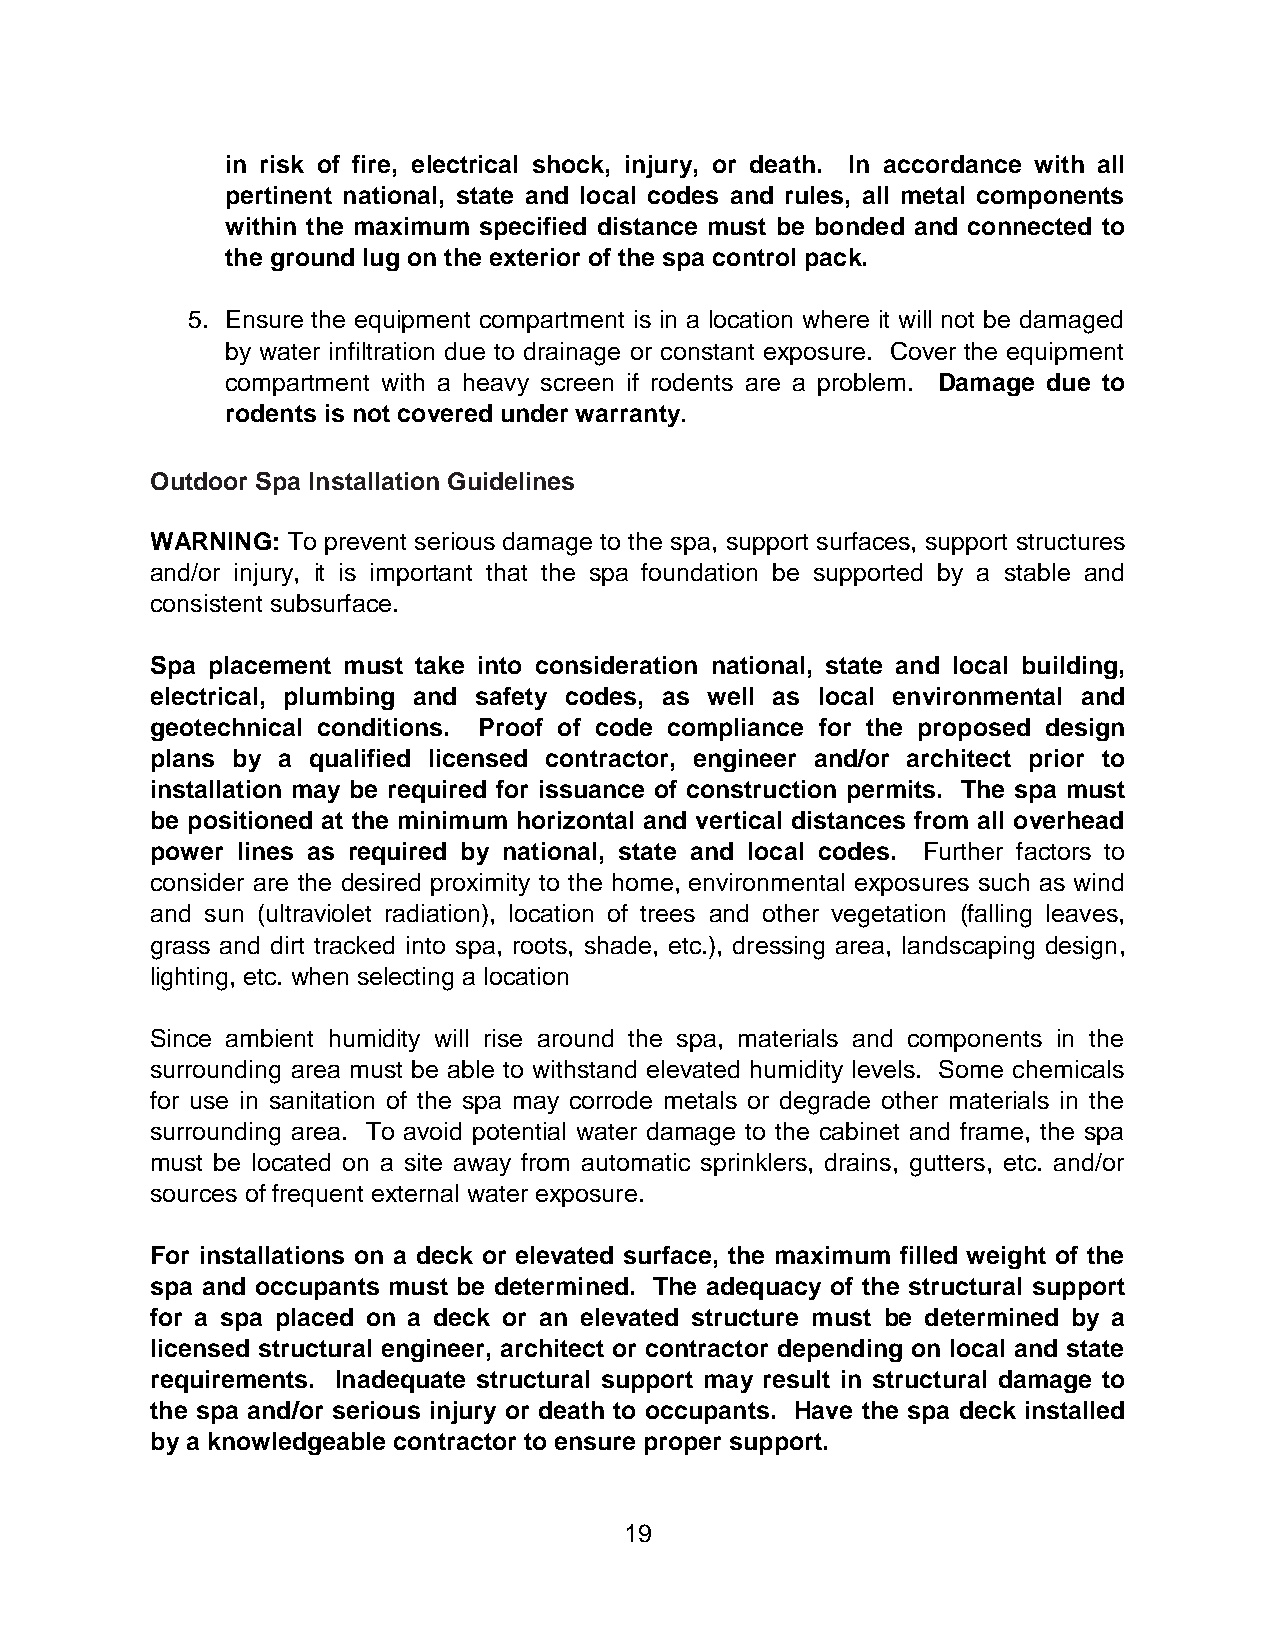
in risk of fire, electrical shock, injury, or death. In accordance with all
 pertinent national, state and local codes and rules, all metal components
 within the maximum specified distance must be bonded and connected to
 the ground lug on the exterior of the spa control pack.
 5. Ensure the equipment compartment is in a location where it will not be damaged
 by water infiltration due to drainage or constant exposure. Cover the equipment
 compartment with a heavy screen if rodents are a problem. Damage due to
 rodents is not covered under warranty.
 Outdoor Spa Installation Guidelines
 WARNING: To prevent serious damage to the spa, support surfaces, support structures
 and/or injury, it is important that the spa foundation be supported by a stable and
 consistent subsurface.
 Spa placement must take into consideration national, state and local building,
 electrical, plumbing and safety codes, as well as local environmental and
 geotechnical conditions. Proof of code compliance for the proposed design
 plans by a qualified licensed contractor, engineer and/or architect prior to
 installation may be required for issuance of construction permits. The spa must
 be positioned at the minimum horizontal and vertical distances from all overhead
 power lines as required by national, state and local codes. Further factors to
 consider are the desired proximity to the home, environmental exposures such as wind
 and sun (ultraviolet radiation), location of trees and other vegetation (falling leaves,
 grass and dirt tracked into spa, roots, shade, etc.), dressing area, landscaping design,
 lighting, etc. when selecting a location
 Since ambient humidity will rise around the spa, materials and components in the
 surrounding area must be able to withstand elevated humidity levels. Some chemicals
 for use in sanitation of the spa may corrode metals or degrade other materials in the
 surrounding area. To avoid potential water damage to the cabinet and frame, the spa
 must be located on a site away from automatic sprinklers, drains, gutters, etc. and/or
 sources of frequent external water exposure.
 For installations on a deck or elevated surface, the maximum filled weight of the
 spa and occupants must be determined. The adequacy of the structural support
 for a spa placed on a deck or an elevated structure must be determined by a
 licensed structural engineer, architect or contractor depending on local and state
 requirements. Inadequate structural support may result in structural damage to
 the spa and/or serious injury or death to occupants. Have the spa deck installed
 by a knowledgeable contractor to ensure proper support.
 19